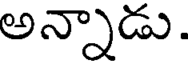
అన్నాడు.